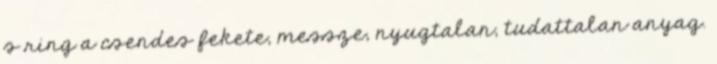
s ring a csendes fekete, messze, nyugtalan, tudattalan anyag.